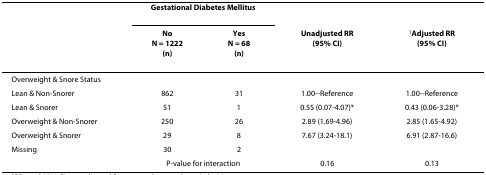
<table><thead><tr><td></td><td colspan="2"><b>Gestational Diabetes Mellitus</b></td><td></td><td></td></tr><tr><td></td><td><b>NoN = 1222(n)</b></td><td><b>YesN = 68(n)</b></td><td><b>Unadjusted RR(95% CI)</b></td><td><b><sup>1</sup>Adjusted RR(95% CI)</b></td></tr></thead><tbody><tr><td>Overweight &amp; Snore Status</td><td></td><td></td><td></td><td></td></tr><tr><td>Lean &amp; Non-Snorer</td><td>862</td><td>31</td><td>1.00--Reference</td><td>1.00--Reference</td></tr><tr><td>Lean &amp; Snorer</td><td>51</td><td>1</td><td>0.55 (0.07-4.07)*</td><td>0.43 (0.06-3.28)*</td></tr><tr><td>Overweight &amp; Non-Snorer</td><td>250</td><td>26</td><td>2.89 (1.69-4.96)</td><td>2.85 (1.65-4.92)</td></tr><tr><td>Overweight &amp; Snorer</td><td>29</td><td>8</td><td>7.67 (3.24-18.1)</td><td>6.91 (2.87-16.6)</td></tr><tr><td>Missing</td><td>30</td><td>2</td><td></td><td></td></tr><tr><td></td><td colspan="2">P-value for interaction</td><td>0.16</td><td>0.13</td></tr></tbody></table>